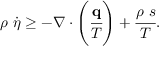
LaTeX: \rho ~ { \dot { \eta } } \geq - { \boldsymbol { \nabla } } \cdot \left( { \cfrac { \mathbf { q } } { T } } \right) + { \cfrac { \rho ~ s } { T } } .